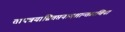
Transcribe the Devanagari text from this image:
तापत्रयाग्नितप्तनामशान्तप्राणिनां